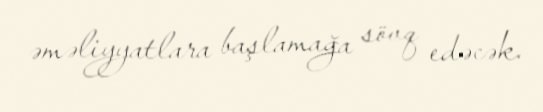
əməliyyatlara başlamağa sövq edəcək.